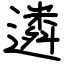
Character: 遴